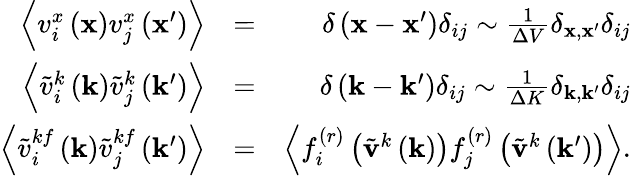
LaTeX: \begin{array}{rlr}{\left\langle v_{i}^{x}\left(\mathbf{x}\right)v_{j}^{x}\left(\mathbf{x}^{\prime}\right)\right\rangle}&{=}&{\delta\left(\mathbf{x}-\mathbf{x}^{\prime}\right)\delta_{ij}\sim\frac{1}{\Delta V}\delta_{\mathbf{x},\mathbf{x}^{\prime}}\delta_{ij}}\\ {\left\langle\tilde{v}_{i}^{k}\left(\mathbf{k}\right)\tilde{v}_{j}^{k}\left(\mathbf{k}^{\prime}\right)\right\rangle}&{=}&{\delta\left(\mathbf{k}-\mathbf{k}^{\prime}\right)\delta_{ij}\sim\frac{1}{\Delta K}\delta_{\mathbf{k},\mathbf{k}^{\prime}}\delta_{ij}}\\ {\left\langle\tilde{v}_{i}^{kf}\left(\mathbf{k}\right)\tilde{v}_{j}^{kf}\left(\mathbf{k}^{\prime}\right)\right\rangle}&{=}&{\left\langle f_{i}^{(r)}\left(\tilde{\mathbf{v}}^{k}\left(\mathbf{k}\right)\right)f_{j}^{(r)}\left(\tilde{\mathbf{v}}^{k}\left(\mathbf{k}^{\prime}\right)\right)\right\rangle.}\end{array}